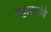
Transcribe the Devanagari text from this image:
भट्टारकांचे